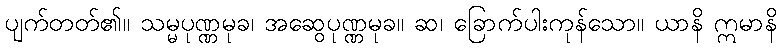
ပျက်တတ်၏။ သမ္မပုဏ္ဏမုခ၊ အဆွေပုဏ္ဏမုခ။ ဆ၊ ခြောက်ပါးကုန်သော။ ယာနိ ဣမာနိ